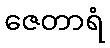
ဇေတာရံ